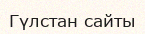
Гүлстан сайты